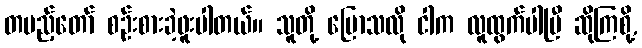
တပည့်တော် စဉ်းစားခဲ့ဖူးပါတယ်။ သူတို့ ပြောသလို ငါက လူထွက်ပါပြီ ဆိုကြစို့,